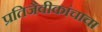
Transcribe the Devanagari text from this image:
प्रतिजैवीकांचाचा